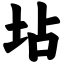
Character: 坫